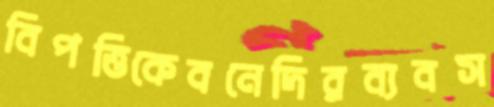
বিপত্তিকেবনেদিরব্যবস